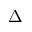
\Delta